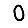
Digit: 0